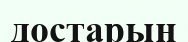
достарың